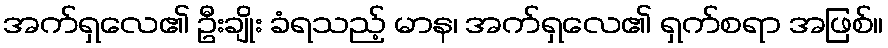
အက်ရှလေ၏ ဦးချိုး ခံရသည့် မာန၊ အက်ရှလေ၏ ရှက်စရာ အဖြစ်။